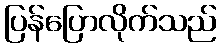
ပြန်ပြောလိုက်သည်